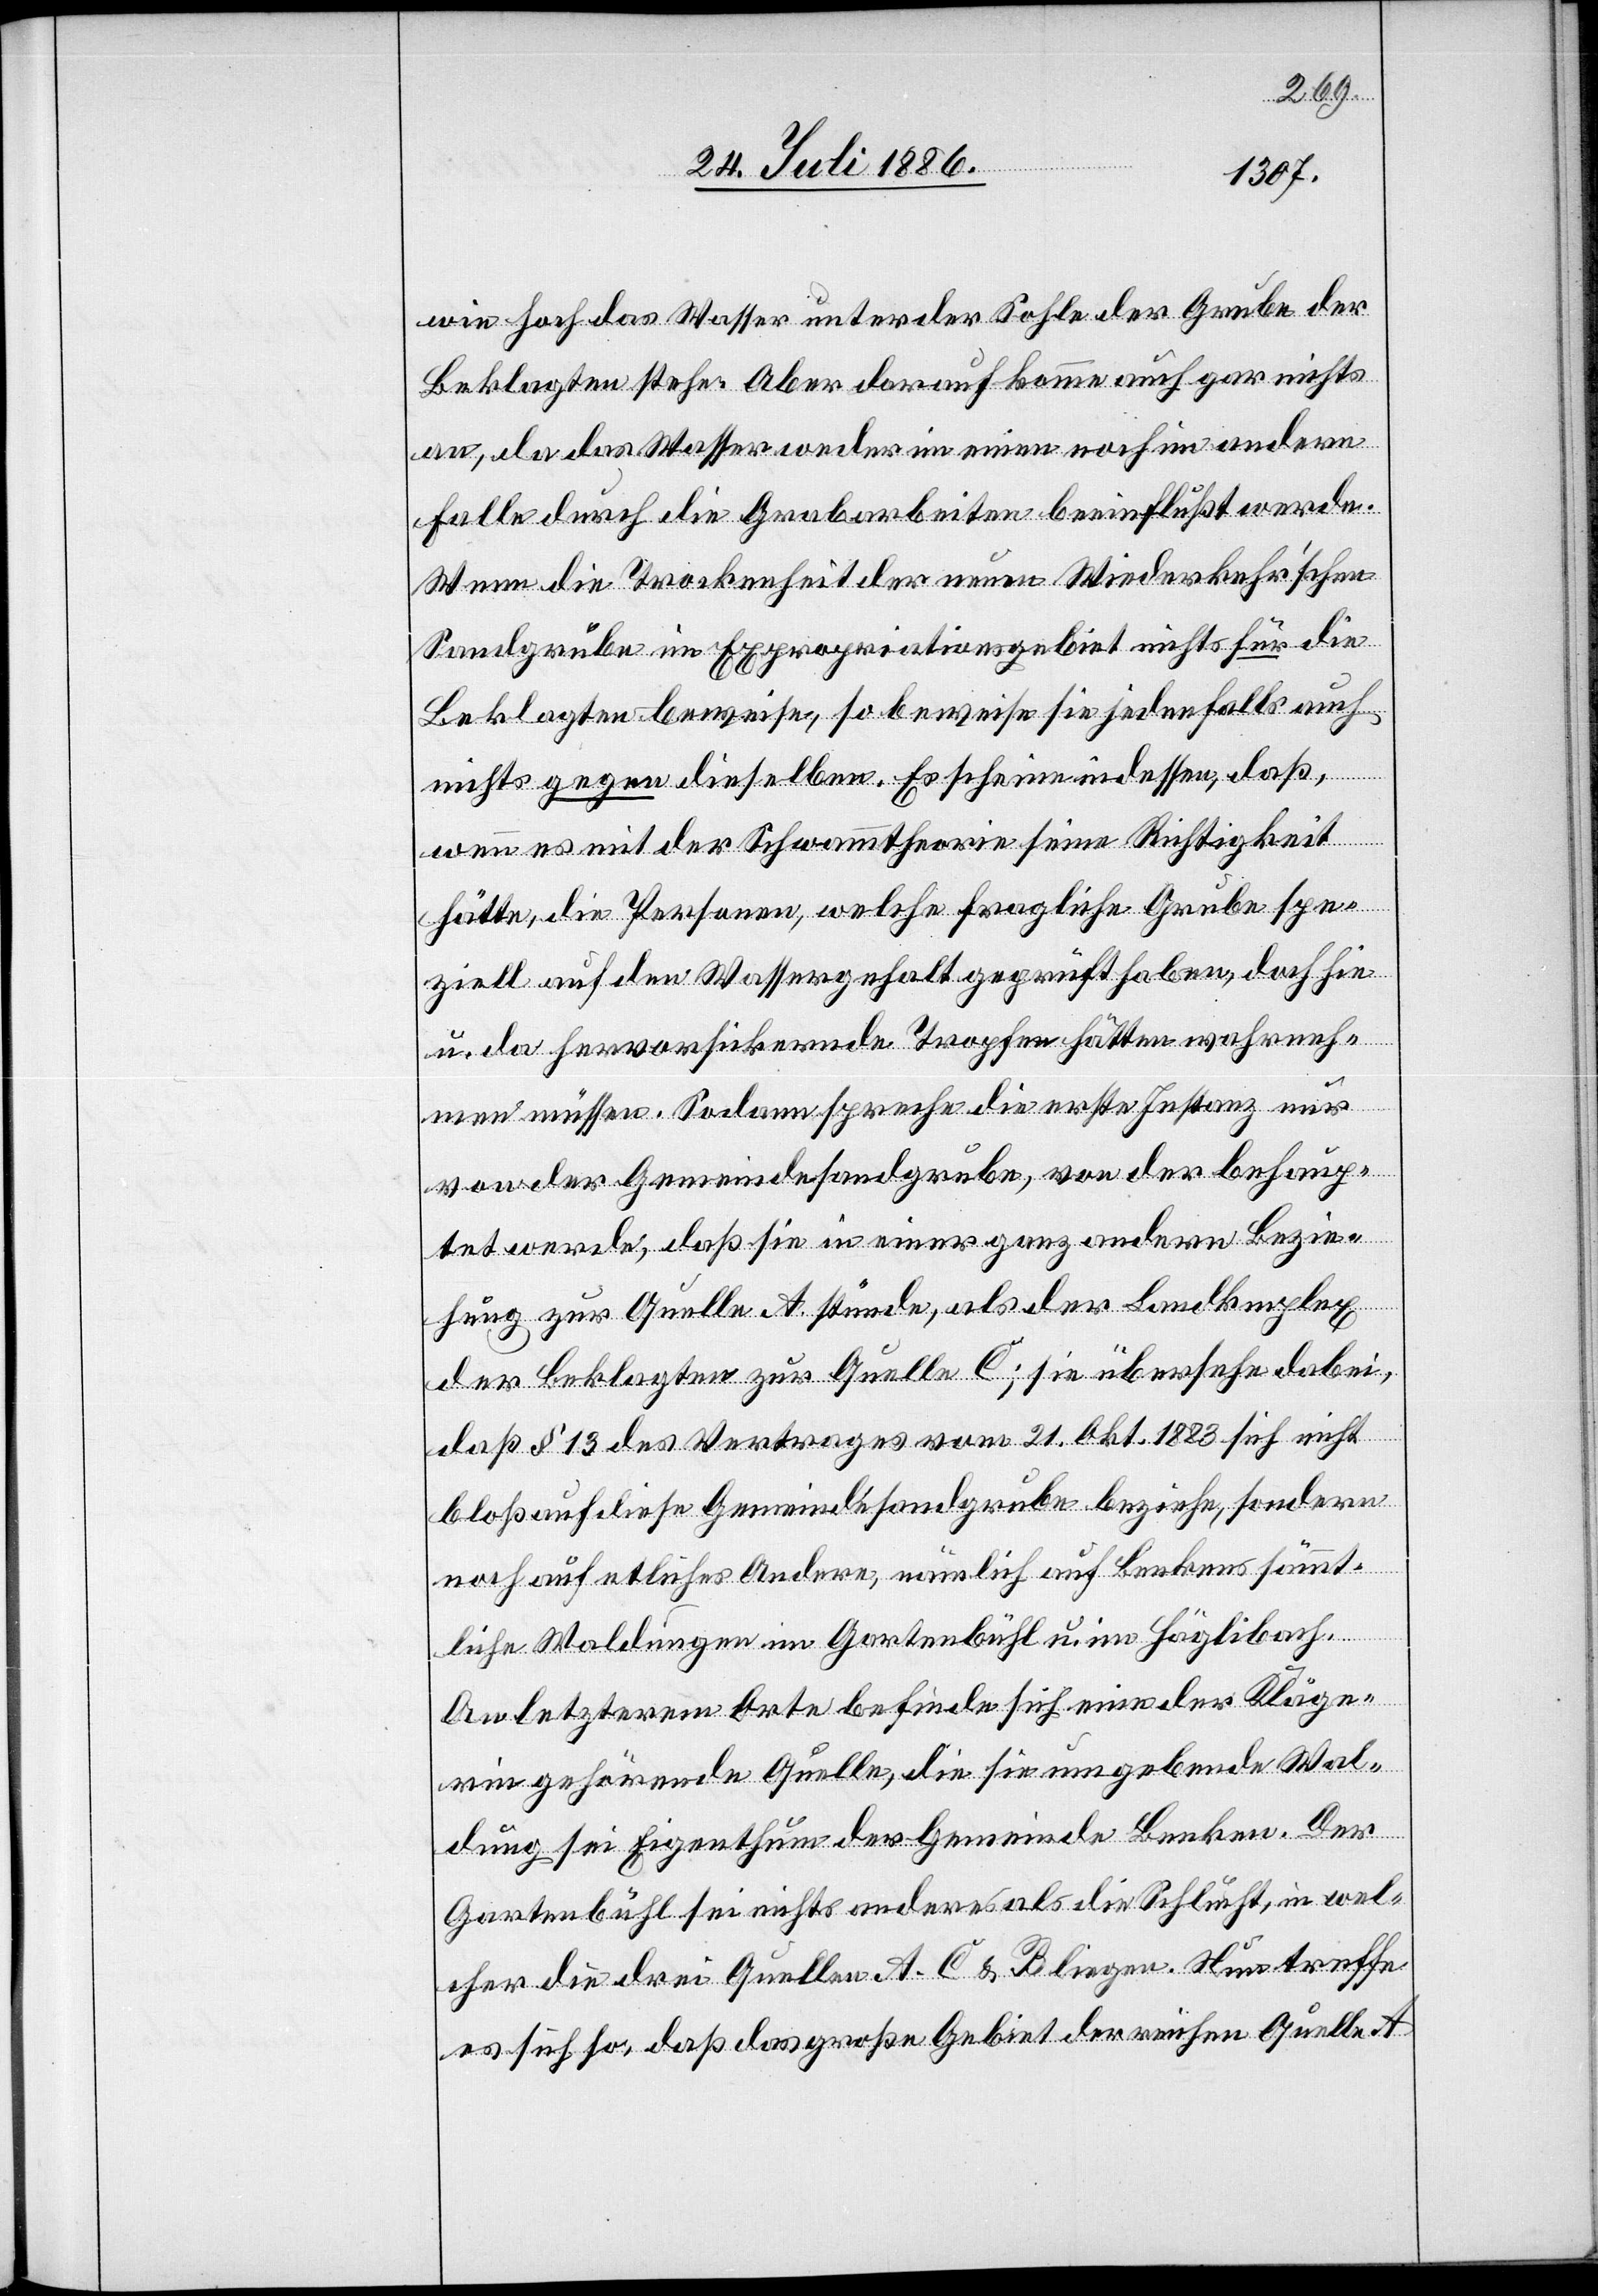
wie hoch das Wasser unter der Sohle der Grube der
Beklagten stehe. Aber darauf komme auch gar nichts
an, da das Wasser weder im einen noch im andern
Falle durch die Grabenarbeiten beeinflußt werde.
Wenn die Trockenheit der neuen Wiederkehr’schen
Sandgrube im Expropriationsgebiet nichts für die
Beklagten beweise, so beweise sie jedenfalls auch
nichts gegen dieselben. Es scheine indessen, daß
wenn es mit der Schwammtheorie seine Richtigkeit
hätte, die Personen, welche fragliche Grunde spe¬
ziell auf den Wassergehalt geprüft haben, doch hin
u. da hervorsickernde Tropfen hätten wahrneh¬
men müssen. Sodann spreche die erste Instanz nur
von der Gemeindesandgrube, von der behaup¬
tet werde, daß sie in einer ganz andern Bezie¬
hung zur Quelle A stünde, als der Landkomplex
der Beklagten zur Quelle C; sie übersehe dabei,
daß § 13 des Vertrages vom 21. Okt 1883 sich nicht
bloß auf diese Gemeindesandgrube beziehe, sondern
noch auf etliches Andere, nämlich auf Benkens sämmt¬
liche Waldungen im Gartenbühl u. im Häglibach.
An letzterem Orte befinde sich eine der Kläge¬
rin gehörende Quelle, die sie umgebende Wal¬
dung sei Eigenthum der Gemeinde Benken. Der
Gartenbühl sei nichts anderes als die Schlucht, in wel¬
cher die drei Quellen A, C & B liegen. Neu treffe
es sich so, daß das große Gebiet der reichen Quelle A